Rules regarding the measures to be adopted on the outbreak of cholera or appearance of small-pox
Disease focus: Cholera
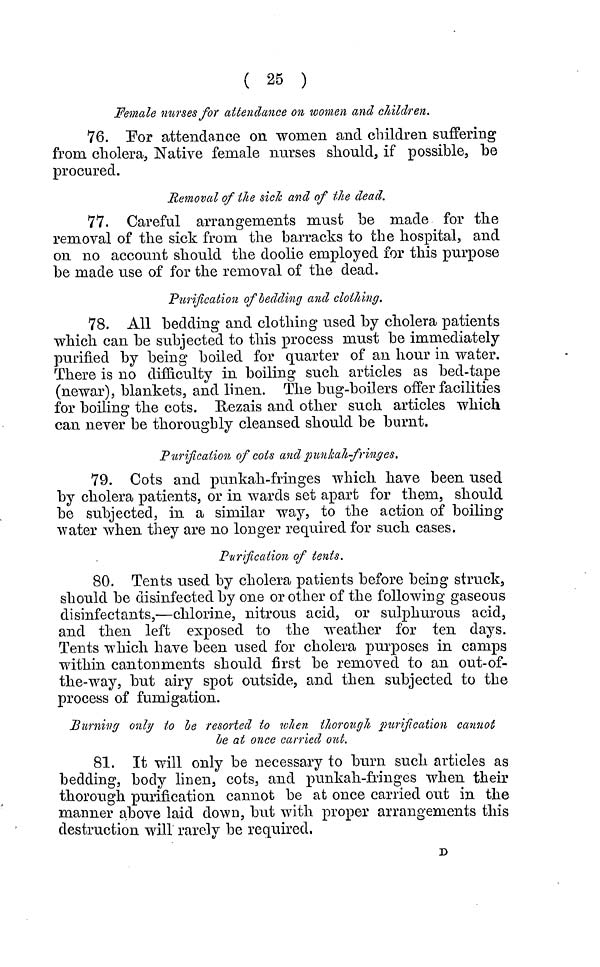
( 25 )
Female nurses for attendance on women and children.
76. For attendance on women and children suffering
from cholera, Native female nurses should, if possible, be
procured.
Removal of the sick and of the dead.
77. Careful arrangements must be made for the
removal of the sick from the barracks to the hospital, and
on no account should the doolie employed for this purpose
be made use of for the removal of the dead.
Purification of bedding and clothing.
78. All bedding and clothing used by cholera patients
which can be subjected to this process must be immediately
purified by being boiled for quarter of an hour in water.
There is no difficulty in boiling such articles as bed-tape
(newar), blankets, and linen. The bug-boilers offer facilities
for boiling the cots. Rezáis and other such articles which
can never be thoroughly cleansed should be burnt.
Purification of cots and punkali-fringes.
79. Cots and punkah-fringes which have been used
by cholera patients, or in wards set apart for them, should
be subjected, in a similar way, to the action of boiling-
water when they are no longer required for such cases.
Purification of tents.
80. Tents used by cholera patients before being struck,
should be disinfected by one or other of the following gaseous
disinfectants,—chlorine, nitrous acid, or sulphurous acid,
and then left exposed to the weather for ten days.
Tents which have been used for cholera purposes in camps
within cantonments should first be removed to an out-of-
the-way, but airy spot outside, and then subjected to the
process of fumigation.
Burning only ίο le resorted to when thorough purification cannot
be at once carried out.
81. It will only be necessary to burn such articles as
bedding, body linen, cots, and punkah-fringes when their
thorough purification cannot be at once carried out in the
manner above laid down, but with proper arrangements this
destruction will rarely be required.
D